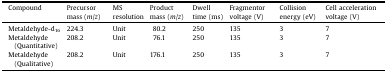
| Compound | Precursor mass (m/z) | MS resolution | Product mass (m/z) | Dwell time (ms) | Fragmentor voltage (V) | Collision energy (eV) | Cell acceleration voltage (V) |
 | --- | --- | --- | --- | --- | --- | --- | --- |
 | Metaldehyde-d16 | 224.3 | Unit | 80.2 | 250 | 135 | 3 | 7 |
 | Metaldehyde (Quantitative) | 208.2 | Unit | 76.1 | 250 | 135 | 3 | 7 |
 | Metaldehyde (Qualitative) | 208.2 | Unit | 176.1 | 250 | 135 | 3 | 7 |